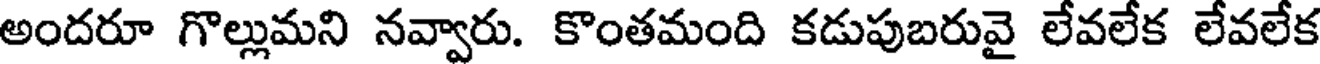
అందరూ గొల్లుమని నవ్వారు. కొంతమంది కడుపుబరువై లేవలేక లేవలేక